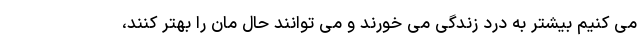
می کنیم بیشتر به درد زندگی می خورند و می توانند حال مان را بهتر کنند،